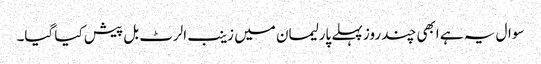
سوال یہ ہے ابھی چند روز پہلے پارلیمان میں زینب الرٹ بل پیش کیا گیا۔